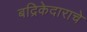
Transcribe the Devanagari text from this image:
बद्रिकेदाराचे